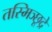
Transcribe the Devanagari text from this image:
तस्मिञ्छूद्रे